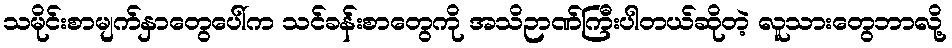
သမိုင်းစာမျက်နှာတွေပေါ်က သင်ခန်းစာတွေကို အသိဉာဏ်ကြီးပါတယ်ဆိုတဲ့ လူသားတွေဘာလို့